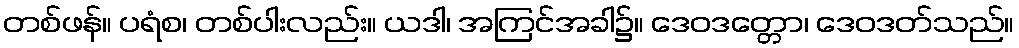
တစ်ဖန်။ ပရံစ၊ တစ်ပါးလည်း။ ယဒါ၊ အကြင်အခါ၌။ ဒေဝဒတ္တော၊ ဒေဝဒတ်သည်။